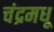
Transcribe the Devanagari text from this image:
चंद्रमधू